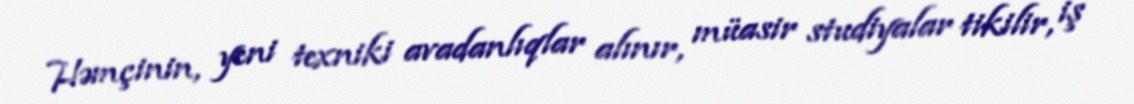
Həmçinin, yeni texniki avadanlıqlar alınır, müasir studiyalar tikilir, iş